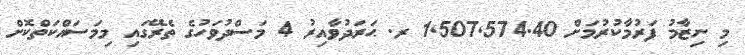
މި ނިޒާމު ފަރުމާކުރުމަށް 1